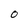
Character: o